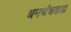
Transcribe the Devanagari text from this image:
धनचंचवाद्य